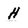
Character: H